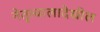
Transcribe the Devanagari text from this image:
नेतृत्वालादेखील